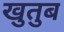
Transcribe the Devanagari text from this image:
खुतुब